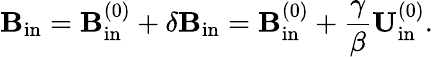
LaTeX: {\mathbf{B}}_{\mathrm{{in}}}={\mathbf{B}}_{\mathrm{{in}}}^{(0)}+\delta{\mathbf{B}}_{\mathrm{{in}}}={\mathbf{B}}_{\mathrm{{in}}}^{(0)}+\frac{\gamma}{\beta}{\mathbf{U}}_{\mathrm{{in}}}^{(0)}.